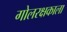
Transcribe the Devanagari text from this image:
गोलरक्षकाला